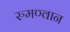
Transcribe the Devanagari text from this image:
रुमण्वान